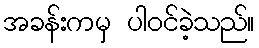
အခန်းကမှ ပါဝင်ခဲ့သည်။